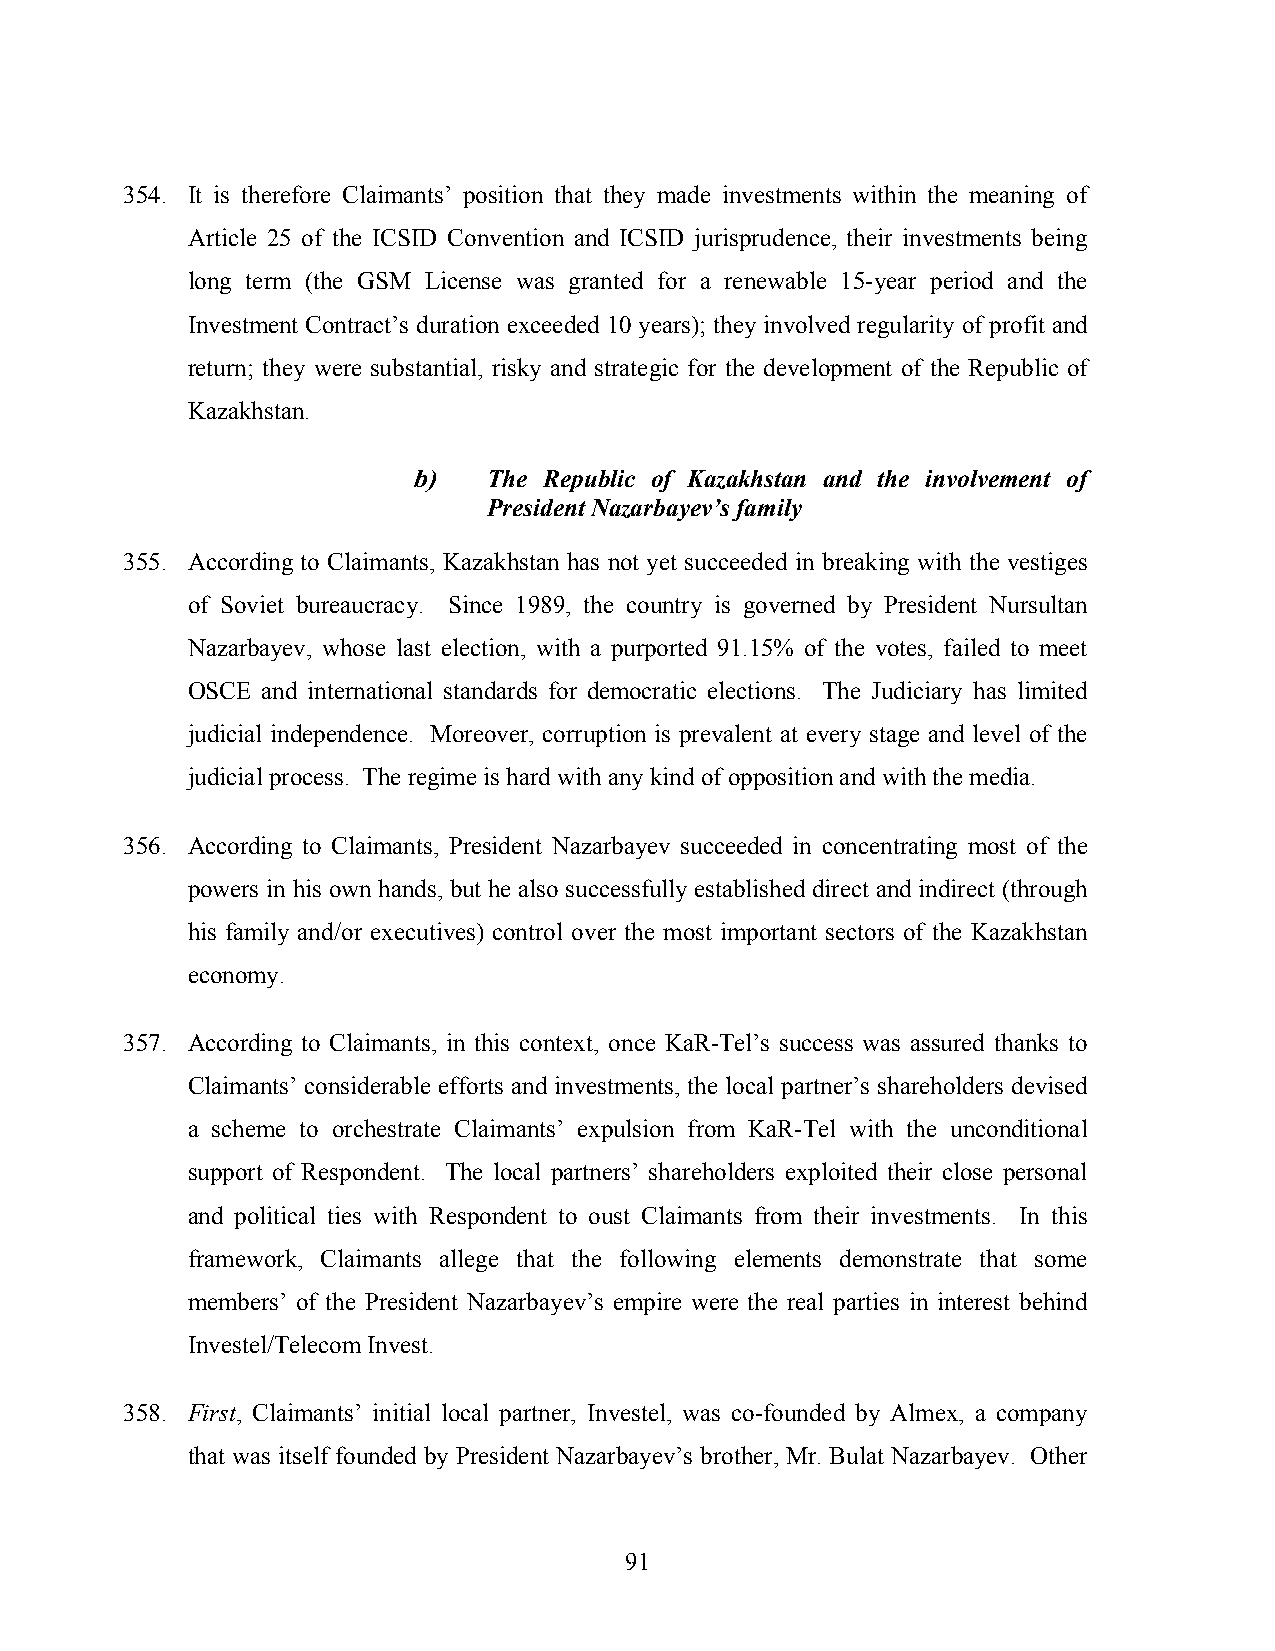
354. It is therefore Claimants’ position that they made investments within the meaning of
 Article 25 of the ICSID Convention and ICSID jurisprudence, their investments being
 long term (the GSM License was granted for a renewable 15-year period and the
 Investment Contract’s duration exceeded 10 years); they involved regularity of profit and
 return; they were substantial, risky and strategic for the development of the Republic of
 Kazakhstan.
 b)   The Republic of Kazakhstan and the involvement of
 President Nazarbayev’s family
 355. According to Claimants, Kazakhstan has not yet succeeded in breaking with the vestiges
 of Soviet bureaucracy. Since 1989, the country is governed by President Nursultan
 Nazarbayev, whose last election, with a purported 91.15% of the votes, failed to meet
 OSCE and international standards for democratic elections. The Judiciary has limited
 judicial independence. Moreover, corruption is prevalent at every stage and level of the
 judicial process. The regime is hard with any kind of opposition and with the media.
 356. According to Claimants, President Nazarbayev succeeded in concentrating most of the
 powers in his own hands, but he also successfully established direct and indirect (through
 his family and/or executives) control over the most important sectors of the Kazakhstan
 economy.
 357. According to Claimants, in this context, once KaR-Tel’s success was assured thanks to
 Claimants’ considerable efforts and investments, the local partner’s shareholders devised
 a scheme to orchestrate Claimants’ expulsion from KaR-Tel with the unconditional
 support of Respondent. The local partners’ shareholders exploited their close personal
 and political ties with Respondent to oust Claimants from their investments. In this
 framework, Claimants allege that the following elements demonstrate that some
 members’ of the President Nazarbayev’s empire were the real parties in interest behind
 Investel/Telecom Invest.
 358. First, Claimants’ initial local partner, Investel, was co-founded by Almex, a company
 that was itself founded by President Nazarbayev’s brother, Mr. Bulat Nazarbayev. Other
 91